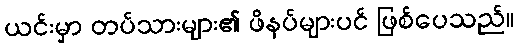
ယင်းမှာ တပ်သားများ၏ ဖိနပ်များပင် ဖြစ်ပေသည်။